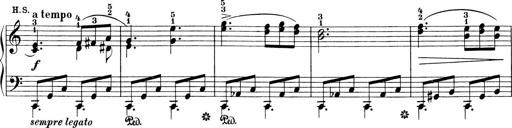
Title: Sonatinen Op.47, 98 und 136, nebst 6 Liedersonatinen
Composer: Carl Reinecke